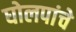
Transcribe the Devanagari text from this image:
घोलपांचे